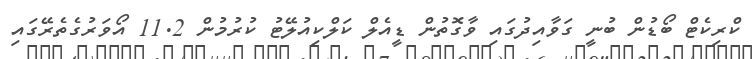
ކްރިކެޓް ބޯޑުން ބުނީ ގަވާއިދުގައި ވާގޮތުން ޑީއެލް ކަލްކިއުލޭޓު ކުރުމުން 11.2 އޯވަރުގެތެރޭގައި